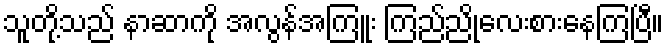
သူတို့သည် နာဆာကို အလွန်အကြူး ကြည်ညိုလေးစားနေကြပြီ။